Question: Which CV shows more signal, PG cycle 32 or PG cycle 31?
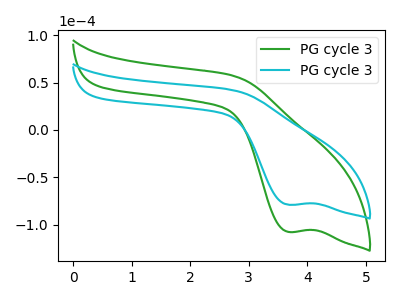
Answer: <think>The green curve "PG cycle 31" has a cathodic peak at: (3.65V, -107.65uA). The cyan curve "PG cycle 32" has a cathodic peak at: (3.65V, -79.00uA).
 All the peaks in "PG cycle 32" have a peak in "PG cycle 31" at the same potential. Every peak in "PG cycle 32" is lower than every peak in "PG cycle 31".</think>
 <answer>"PG cycle 32" has less signal than "PG cycle 31".</answer>
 <eval>less_signal</eval>